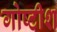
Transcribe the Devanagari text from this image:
गोष्टीश